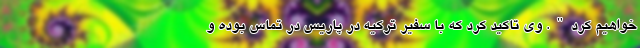
خواهیم کرد". وی تاکید کرد که با سفیر ترکیه در پاریس در تماس بوده و